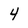
Character: 4